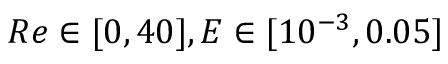
R e \in [ 0 , 4 0 ] , E \in [ 1 0 ^ { - 3 } , 0 . 0 5 ]